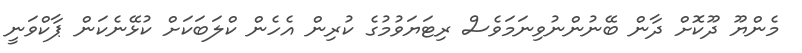
މެންޔޫ ދޫކޮށް ދާން ބޭނުންނުވިނަމަވެސް ރިޓަޔަވުމުގެ ކުރިން އެހެން ކްލަބަކަށް ކުޅޭނެކަން ޕާކްވަނީ